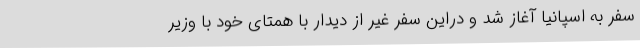
سفر به اسپانیا آغاز شد و دراین سفر غیر از دیدار با همتای خود با وزیر